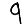
Digit: 9